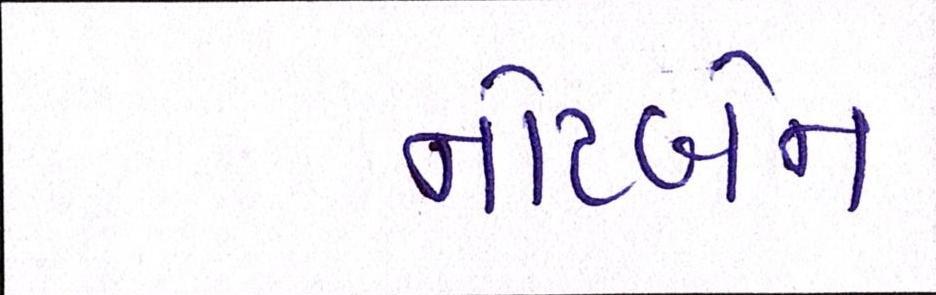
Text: નોટબેન